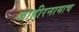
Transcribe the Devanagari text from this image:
जाहीरनामाच